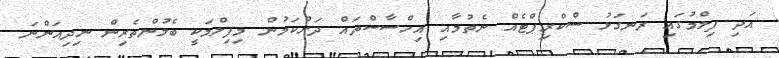
އަދި ފިލްމުގައި ރަނގަޅު ސްކްރިޕްޓެއް ނެތުމާއި އިހްސާސްތައް ދަށްކަމުން މިފިލްމަކީ ބެލުންތެރިން ނިދިއަންނަ